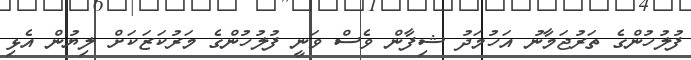
ފުލުހުންގެ ތަރުޖަމާނު އަހުމަދު ޝިފާން ވެސް ވަނީ ފުލުހުންގެ މަރުކަޒަކަށް ލިޔުން އެޅި